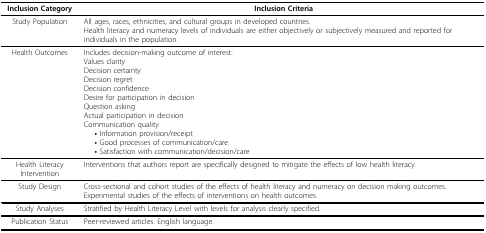
| Inclusion Category | Inclusion Criteria |
 | --- | --- |
 | Study Population | All ages, races, ethnicities, and cultural groups in developed countries.Health literacy and numeracy levels of individuals are either objectively or subjectively measured and reported for individuals in the population. |
 | Health Outcomes | Includes decision-making outcome of interest:Values clarityDecision certaintyDecision regretDecision confidenceDesire for participation in decisionQuestion askingActual participation in decisionCommunication quality• Information provision/receipt• Good processes of communication/care• Satisfaction with communication/decision/care |
 | Health Literacy Intervention | Interventions that authors report are specifically designed to mitigate the effects of low health literacy. |
 | Study Design | Cross-sectional and cohort studies of the effects of health literacy and numeracy on decision making outcomes.Experimental studies of the effects of interventions on health outcomes. |
 | Study Analyses | Stratified by Health Literacy Level with levels for analysis clearly specified. |
 | Publication Status | Peer-reviewed articles. English language. |